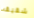
شقيقه